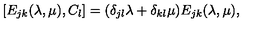
[ E _ { j k } ( \lambda , \mu ) , { C } _ { l } ] = ( \delta _ { j l } \lambda + \delta _ { k l } \mu ) E _ { j k } ( \lambda , \mu ) , \nonumber